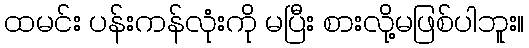
ထမင်း ပန်းကန်လုံးကို မပြီး စားလို့မဖြစ်ပါဘူး။